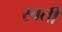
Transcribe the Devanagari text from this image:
स्वती